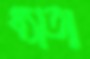
ধ্যাতা